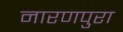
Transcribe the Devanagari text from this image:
नारणपुरा